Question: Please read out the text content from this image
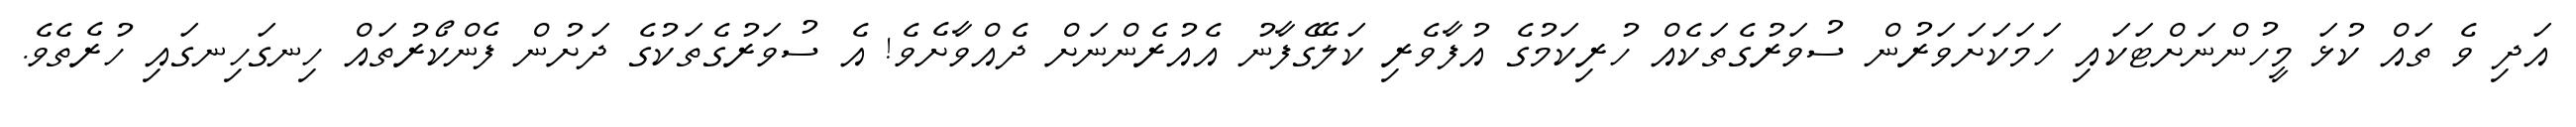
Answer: އަދި ވެ ތައް ކުޅަ މީހުންނަށްޓަކައި ހަމަކަށަވަރުން ސުވަރުގެތަކެއް ހުރިކަމުގެ އުފާވެރި ކަލޭގެފާނު އެއުރެންނަށް ދެއްވާށެވެ! އެ ސުވަރުގެތަކުގެ ދަށުން ފެންކޯރުތައް ހިނގަހިނގައި ހުރެތެވެ.